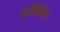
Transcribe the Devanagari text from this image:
बाँबफेक